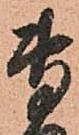
専